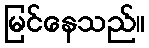
မြင်နေသည်။